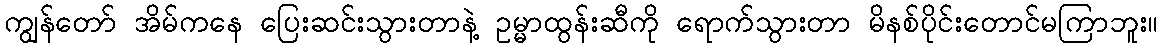
ကျွန်တော် အိမ်ကနေ ပြေးဆင်းသွားတာနဲ့ ဥမ္မာထွန်းဆီကို ရောက်သွားတာ မိနစ်ပိုင်းတောင်မကြာဘူး။